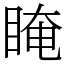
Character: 䁆